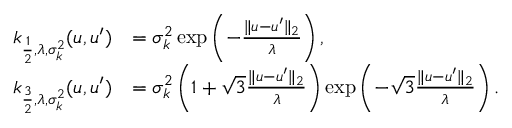
\begin{array} { r l } { k _ { \frac { 1 } { 2 } , \lambda , \sigma _ { k } ^ { 2 } } ( u , u ^ { \prime } ) } & { = \sigma _ { k } ^ { 2 } \exp \left( - \frac { \| u - u ^ { \prime } \| _ { 2 } } { \lambda } \right) , } \\ { k _ { \frac { 3 } { 2 } , \lambda , \sigma _ { k } ^ { 2 } } ( u , u ^ { \prime } ) } & { = \sigma _ { k } ^ { 2 } \left( 1 + \sqrt { 3 } \frac { \| u - u ^ { \prime } \| _ { 2 } } { \lambda } \right) \exp \left( - \sqrt { 3 } \frac { \| u - u ^ { \prime } \| _ { 2 } } { \lambda } \right) . } \end{array}